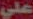
على